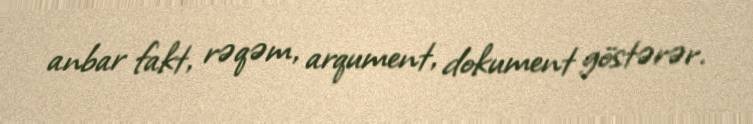
anbar fakt, rəqəm, arqument, dokument göstərər.